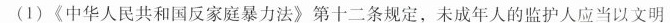
(1)《中华人民共和国反家庭暴力法》第十二条规定，未成年人的监护人应当以文明